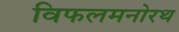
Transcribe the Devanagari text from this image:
विफलमनोरथ